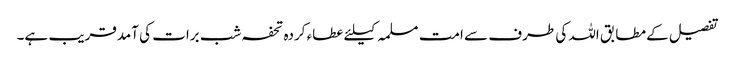
تفصیل کے مطابق اللہ کی طرف سے امت مسلمہ کیلئے عطاء کردہ تحفہ شب برات کی آمدقریب ہے۔